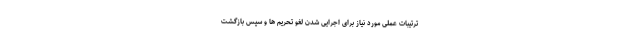
ترتیبات عملی مورد نیاز برای اجرایی شدن لغو تحریم ها و سپس بازگشت